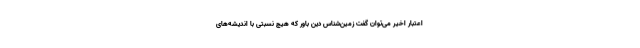
اعتبار اخیر می‌توان گفت زمین‌شناس دین باور که هیچ نسبتی با اندیشه‌های